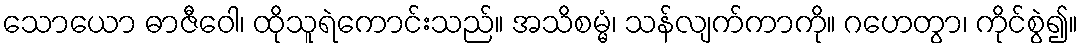
သောယော ဓာဇီဝေါ၊ ထိုသူရဲကောင်းသည်။ အသိစမ္မံ၊ သန်လျက်ကာကို။ ဂဟေတွာ၊ ကိုင်စွဲ၍။